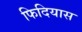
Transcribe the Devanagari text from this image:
फिदियास